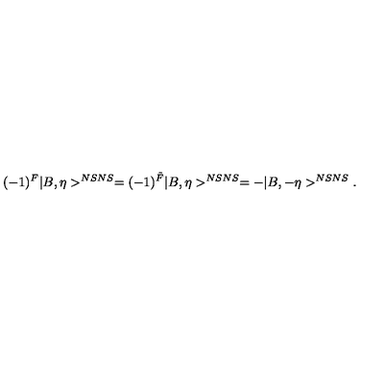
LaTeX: ( - 1 ) ^ { F } | B , \eta > ^ { N S N S } = ( - 1 ) ^ { \tilde { F } } | B , \eta > ^ { N S N S } = - | B , - \eta > ^ { N S N S } .